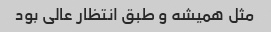
مثل همیشه و طبق انتظار عالی بود